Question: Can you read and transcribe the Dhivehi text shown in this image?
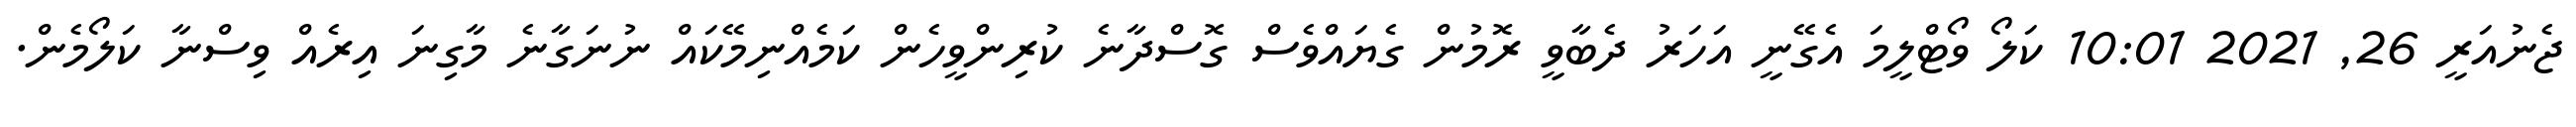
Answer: ޖެނުއަރީ 26, 2021 10:01 ކަލޯ ވޯޓްލީމަ އެގޭނީ އަހަރު ދެބާވީ ރޮމުން ގެޔައްވެސް ގޮސްދާނެ ކުރިންވީހެން ކަމެއްނިމޭކައް ނުނަގާނެ މާގިނަ އިރެއް ވިސްނާ ކަލޯމެން.